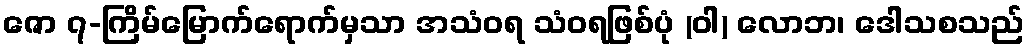
ဇော ၇-ကြိမ်မြောက်ရောက်မှသာ အသံဝရ သံဝရဖြစ်ပုံ (ဝါ) လောဘ၊ ဒေါသစသည်